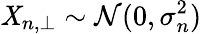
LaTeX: \mathit{X}_{n,\perp}\sim\mathcal{{N}}(0,\sigma_{n}^{2})